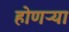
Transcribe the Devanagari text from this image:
होणऱ्या